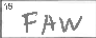
Transcription: FAW